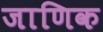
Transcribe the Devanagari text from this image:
जाणिक